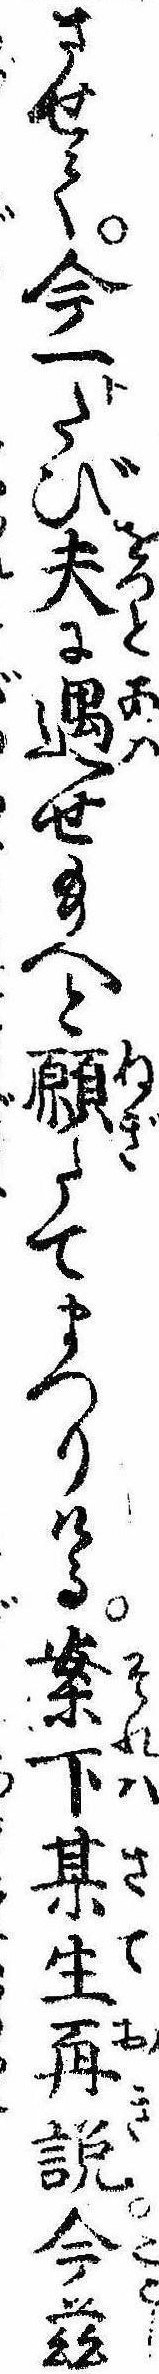
させて今一卜たび夫に遇せ給へと願たてまつりける案下某生再説今茲